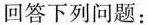
回答下列问题：